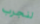
لنجرب